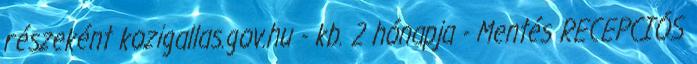
részeként kozigallas.gov.hu - kb. 2 hónapja - Mentés RECEPCIÓS